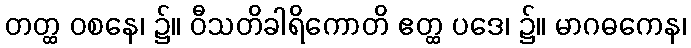
တတ္ထ ဝစနေ၊ ၌။ ဝီသတိခါရိကောတိ ဧတ္ထ ပဒေ၊ ၌။ မာဂဓကေန၊